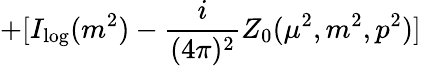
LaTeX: +[I_{\log}(m^{2})-\frac{i}{(4\pi)^{2}}Z_{0}(\mu^{2},m^{2},p^{2})]